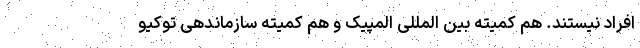
افراد نیستند. هم کمیته بین المللی المپیک و هم کمیته سازماندهی توکیو